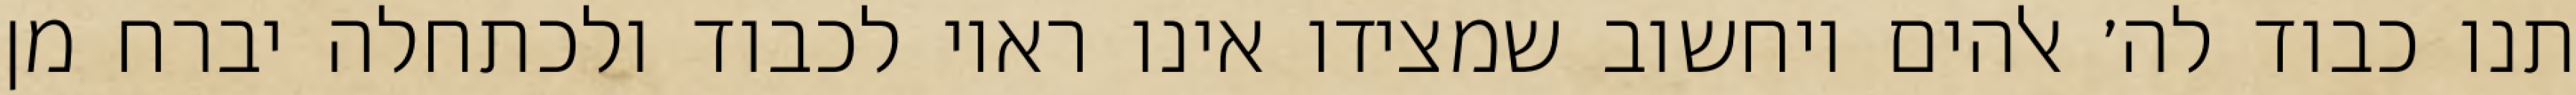
תנו כבוד לה׳ אלהים ויחשוב שמצידו אינו ראוי לכבוד ולכתחלה יברח מן